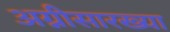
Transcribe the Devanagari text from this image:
अग्नीसारख्या